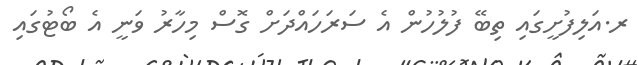
ރ.އަލިފުށީގައި ތިބޭ ފުލުހުން އެ ސަރަހައްދަށް ގޮސް މިހާރު ވަނީ އެ ބޯޓުގައި